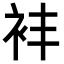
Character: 𬡈